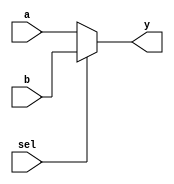
module mux2to1 (
    input wire a,       // Input signal a
    input wire b,       // Input signal b
    input wire sel,     // Select signal
    output reg y        // Output signal
);

// Combinational logic using an always block
always @(*) begin
    // Continuous assignment using blocking assignment
    if (sel) begin
        y = b;         // If sel is 1, output b
    end else begin
        y = a;         // If sel is 0, output a
    end
end

endmodule